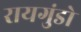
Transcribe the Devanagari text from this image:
रायगुंडो